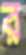
র